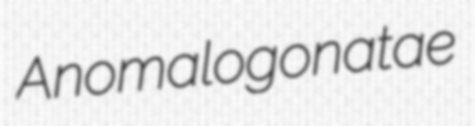
Anomalogonatae